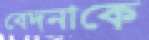
বেদনাকে